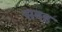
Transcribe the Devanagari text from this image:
सबह